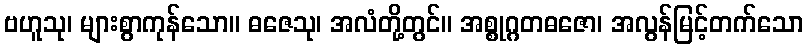
ဗဟူသု၊ များစွာကုန်သော။ ဓဇေသု၊ အလံတို့တွင်။ အစ္စုဂ္ဂတဓဇော၊ အလွန်မြင့်တက်သော